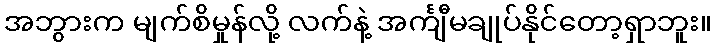
အဘွားက မျက်စိမှုန်လို့ လက်နဲ့ အင်္ကျီမချုပ်နိုင်တော့ရှာဘူး။